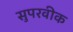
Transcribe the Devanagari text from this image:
सुपरवीक